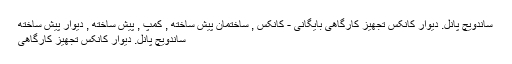
ساندویچ پانل. دیوار کانکس تجهیز کارگاهی بایگانی - کانکس , ساختمان پیش ساخته , کمپ , پیش ساخته , دیوار پیش ساخته
ساندویچ پانل. دیوار کانکس تجهیز کارگاهی